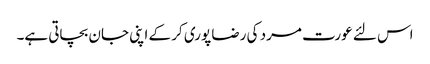
اس لئے عورت مرد کی رضا پوری کر کے اپنی جان بچاتی ہے۔